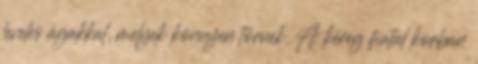
leveles ágakkal, melyek könnyen törnek. A kéreg fiatal korban